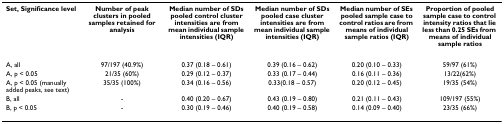
<table><thead><tr><td><b>Set, Significance level</b></td><td><b>Number of peak clusters in pooled samples retained for analysis</b></td><td><b>Median number of SDs pooled control cluster intensities are from mean individual sample intensities (IQR)</b></td><td><b>Median number of SDs pooled case cluster intensities are from mean individual sample intensities (IQR)</b></td><td><b>Median number of SEs pooled sample case to control ratios are from means of individual sample ratios (IQR)</b></td><td><b>Proportion of pooled sample case to control intensity ratios that lie less than 0.25 SEs from means of individual sample ratios</b></td></tr></thead><tbody><tr><td>A, all</td><td>97/197 (40.9%)</td><td>0.37 (0.18 – 0.61)</td><td>0.39 (0.16 – 0.62)</td><td>0.20 (0.10 – 0.33)</td><td>59/97 (61%)</td></tr><tr><td>A, p &lt; 0.05</td><td>21/35 (60%)</td><td>0.29 (0.12 – 0.37)</td><td>0.33 (0.17 – 0.44)</td><td>0.16 (0.11 – 0.36)</td><td>13/22(62%)</td></tr><tr><td>A, p &lt; 0.05 (manually added peaks, see text)</td><td>35/35 (100%)</td><td>0.34 (0.16 – 0.56)</td><td>0.33(0.18 – 0.57)</td><td>0.20 (0.12 – 0.45)</td><td>19/35 (54%)</td></tr><tr><td>B, all</td><td>-</td><td>0.40 (0.20 – 0.67)</td><td>0.43 (0.19 – 0.80)</td><td>0.21 (0.11 – 0.43)</td><td>109/197 (55%)</td></tr><tr><td>B, p &lt; 0.05</td><td>-</td><td>0.30 (0.19 – 0.46)</td><td>0.40 (0.19 – 0.58)</td><td>0.14 (0.09 – 0.40)</td><td>23/35 (66%)</td></tr></tbody></table>